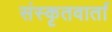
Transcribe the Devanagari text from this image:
संस्कृतवार्ता